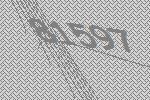
81597